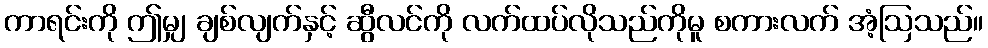
ကာရင်းကို ဤမျှ ချစ်လျက်နှင့် ဆွီလင်ကို လက်ထပ်လိုသည်ကိုမူ စကားလက် အံ့ဩသည်။